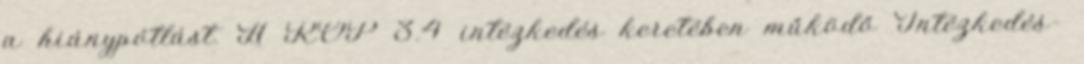
a hiánypótlást. A ROP 3.4 intézkedés keretében működő Intézkedés-